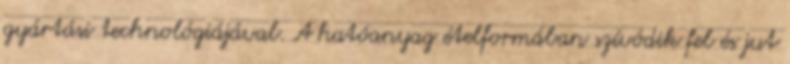
gyártási technológiájával. A hatóanyag ételformában szívódik fel és jut